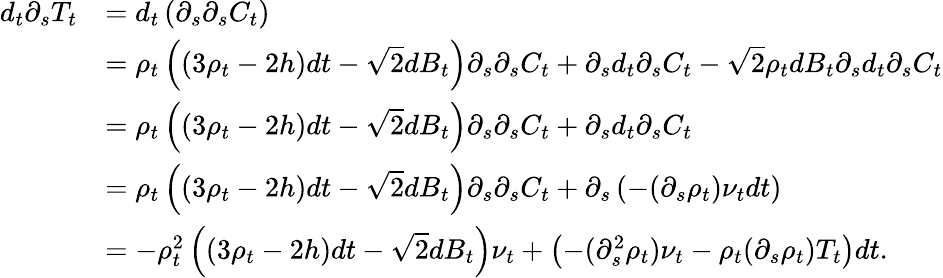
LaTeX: \begin{array}{rl}{d_{t}\partial_{s}T_{t}}&{=d_{t}\left(\partial_{s}\partial_{s}C_{t}\right)}\\ &{=\rho_{t}\left((3\rho_{t}-2h)dt-\sqrt{2}dB_{t}\right)\partial_{s}\partial_{s}C_{t}+\partial_{s}d_{t}\partial_{s}C_{t}-\sqrt{2}\rho_{t}dB_{t}\partial_{s}d_{t}\partial_{s}C_{t}}\\ &{=\rho_{t}\left((3\rho_{t}-2h)dt-\sqrt{2}dB_{t}\right)\partial_{s}\partial_{s}C_{t}+\partial_{s}d_{t}\partial_{s}C_{t}}\\ &{=\rho_{t}\left((3\rho_{t}-2h)dt-\sqrt{2}dB_{t}\right)\partial_{s}\partial_{s}C_{t}+\partial_{s}\left(-(\partial_{s}\rho_{t})\nu_{t}dt\right)}\\ &{=-\rho_{t}^{2}\left((3\rho_{t}-2h)dt-\sqrt{2}dB_{t}\right)\nu_{t}+\left(-(\partial_{s}^{2}\rho_{t})\nu_{t}-\rho_{t}(\partial_{s}\rho_{t})T_{t}\right)dt.}\end{array}